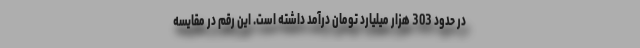
در حدود 303 هزار میلیارد تومان درآمد داشته است. این رقم در مقایسه